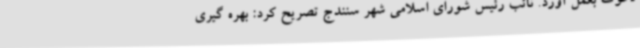
دعوت بعمل آورد. نائب رئیس شورای اسلامی شهر سنندج تصریح کرد: بهره گیری